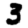
Digit: 3